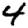
Digit: 4